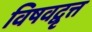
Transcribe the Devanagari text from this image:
विषवद्वृत्त